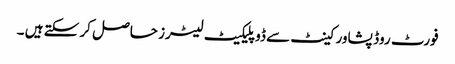
فورٹ روڈ پشاور کینٹ سے ڈوپلیکیٹ لیٹرز حاصل کر سکتے ہیں ۔